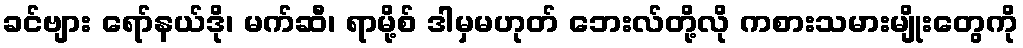
ခင်ဗျား ရော်နယ်ဒို၊ မက်ဆီ၊ ရာမို့စ် ဒါမှမဟုတ် ဘေးလ်တို့လို ကစားသမားမျိုးတွေကို